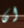
ان